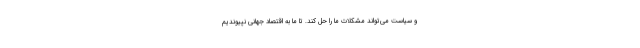
و سیاست می‌تواند مشکلات ما را حل کند. تا ما به اقتصاد جهانی نپیوندیم